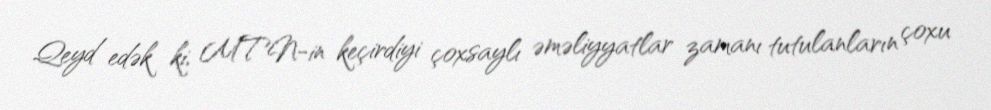
Qeyd edək ki, MTN-in keçirdiyi çoxsaylı əməliyyatlar zamanı tutulanların çoxu